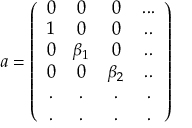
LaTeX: a = \left( \begin{array} { c c c c } { { 0 } } & { { 0 } } & { { 0 } } & { { . . . } } \\ { { 1 } } & { { 0 } } & { { 0 } } & { { . . } } \\ { { 0 } } & { { \beta _ { 1 } } } & { { 0 } } & { { . . } } \\ { { 0 } } & { { 0 } } & { { \beta _ { 2 } } } & { { . . } } \\ { { . } } & { { . } } & { { . } } & { { . } } \\ { { . } } & { { . } } & { { . } } & { { . } } \end{array} \right)